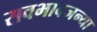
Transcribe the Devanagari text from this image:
सवभावजन्या